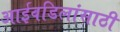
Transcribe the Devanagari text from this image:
आईवडिलांसाठी